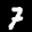
Label: 7